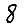
Digit: 8